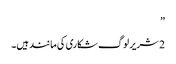
”
2 شریر لوگ شکاری کی مانند ہیں۔